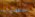
حصولنا